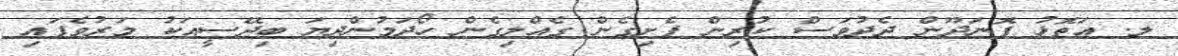
ލ. އަތޮޅު ފޮނަދޫން ދެދުވަސް ކުރިން ފެށިގެން ގެއްލިގެން ހޯދަމުންދިޔަ ބިދޭސީއަކު މަރުވެފައި